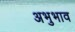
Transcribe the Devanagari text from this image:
अभुभाव